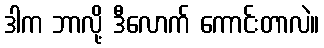
ဒါက ဘာလို့ ဒီလောက် ကောင်းတာလဲ။